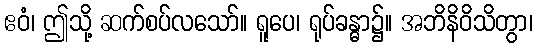
ဧဝံ၊ ဤသို့ ဆက်စပ်လသော်။ ရူပေ၊ ရုပ်ခန္ဓာ၌။ အဘိနိဝိသိတွာ၊